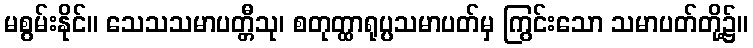
မစွမ်းနိုင်။ သေသသမာပတ္တီသု၊ စတုတ္ထာရုပ္ပသမာပတ်မှ ကြွင်းသော သမာပတ်တို့၌။